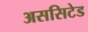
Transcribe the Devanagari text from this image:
अससिटेड